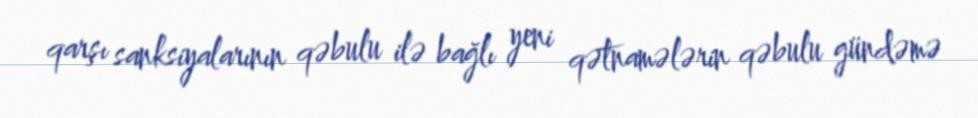
qarşı sanksiyalarının qəbulu ilə bağlı yeni qətnamələrin qəbulu gündəmə